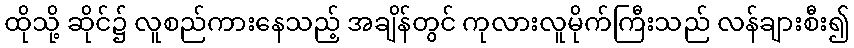
ထိုသို့ ဆိုင်၌ လူစည်ကားနေသည့် အချိန်တွင် ကုလားလူမိုက်ကြီးသည် လန်ချားစီး၍